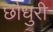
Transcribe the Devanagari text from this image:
छौधुरी